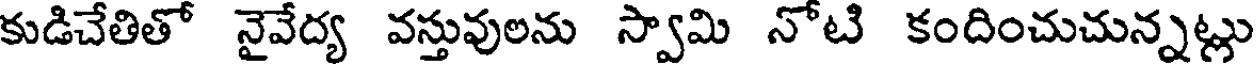
కుడిచేతితో నైవేద్య వస్తువులను స్వామి నోటి కందించుచున్నట్లు